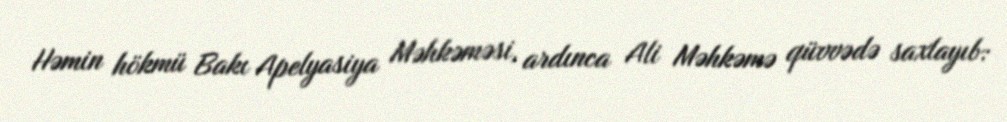
Həmin hökmü Bakı Apelyasiya Məhkəməsi, ardınca Ali Məhkəmə qüvvədə saxlayıb: